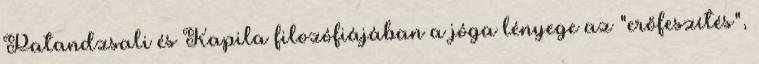
Patandzsali és Kapila filozófiájában a jóga lényege az "erőfeszítés",